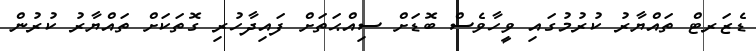
ޑެޒަރޓް ތައްޔާރު ކުރުމުގައި ވީހާވެސް ބޮޑަށް ސިއްޙަތަށް ފައިދާހުރި ގޮތަކަށް ތައްޔާރު ކުރުން